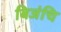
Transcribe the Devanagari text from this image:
बिजंचि